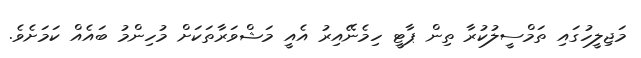
މަޖިލީހުގައި ތަމްސީލުކުރާ ތިން ޕާޓީ ހިމެނޭއިރު އެއީ މަޝްވަރާތަކަށް މުހިންމު ބައެއް ކަމަށެވެ.